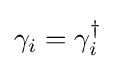
\gamma _{i}=\gamma _{i}^{\dagger }